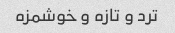
ترد و تازه و خوشمزه